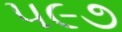
૫૯૭